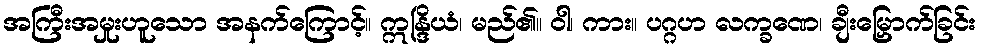
အကြီးအမှုးဟူသော အနက်ကြောင့်။ ဣန္ဒြိယံ၊ မည်၏။ ဝါ၊ ကား။ ပဂ္ဂဟ လက္ခဏေ၊ ချီးမြှောက်ခြင်း